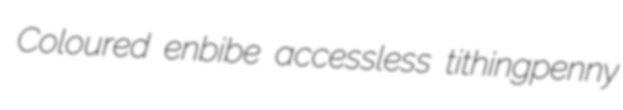
Coloured enbibe accessless tithingpenny